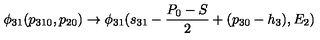
\phi _ { 3 1 } ( p _ { 3 1 0 } , p _ { 2 0 } ) \to \phi _ { 3 1 } ( s _ { 3 1 } - { \frac { P _ { 0 } - S } { 2 } } + ( p _ { 3 0 } - h _ { 3 } ) , E _ { 2 } )